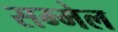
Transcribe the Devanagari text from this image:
सम्मेल